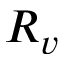
R _ { v }